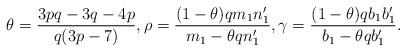
LaTeX: \begin{align*}\theta = \frac{3pq-3q-4p}{q(3p-7)}, \rho= \frac{(1-\theta)qm_1 n'_1}{m_1-\theta q n'_1}, \gamma=\frac{(1-\theta)q b_1 b'_1}{b_1-\theta qb'_1}.\end{align*}